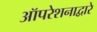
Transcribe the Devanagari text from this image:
ऑपरेशनाद्वारे